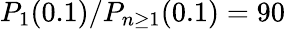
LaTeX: P_{1}(0.1)/P_{n\geq 1}(0.1)=90